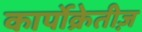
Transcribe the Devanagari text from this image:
कार्पोक्रेतीज़